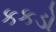
કકડો